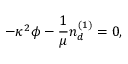
- \kappa ^ { 2 } \phi - \frac { 1 } { \mu } n _ { d } ^ { ( 1 ) } = 0 ,